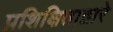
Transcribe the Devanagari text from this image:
प्रशिक्षिताद्वारे